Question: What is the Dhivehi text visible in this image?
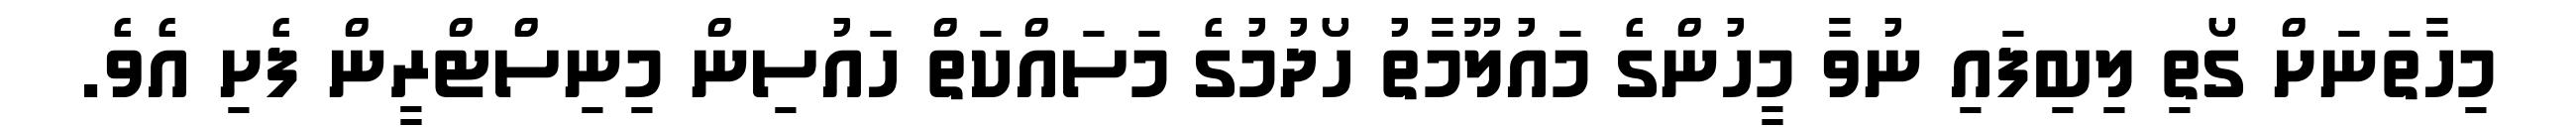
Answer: މިހާތަނަށް ގޯތި ލިބިފައި ނުވާ މީހުންގެ މައުލޫމާތު ހޯދުމުގެ މަސައްކަތް ހައުސިން މިނިސްޓްރީން ފެށި އެވެ.